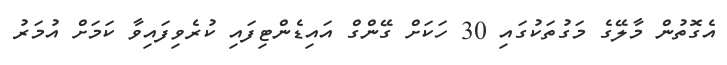
އެގޮތުން މާލޭގެ މަގުތަކުގައި 30 ހަކަށް ގޭންގް އައިޑެންޓިފައި ކުރެވިފައިވާ ކަމަށް އުމަރު